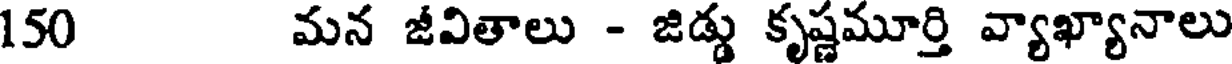
150 మన జీవితాలు - జిడ్డు కృష్ణమూర్తి వ్యాఖ్యానాలు